Annual report of the Madras Medical College
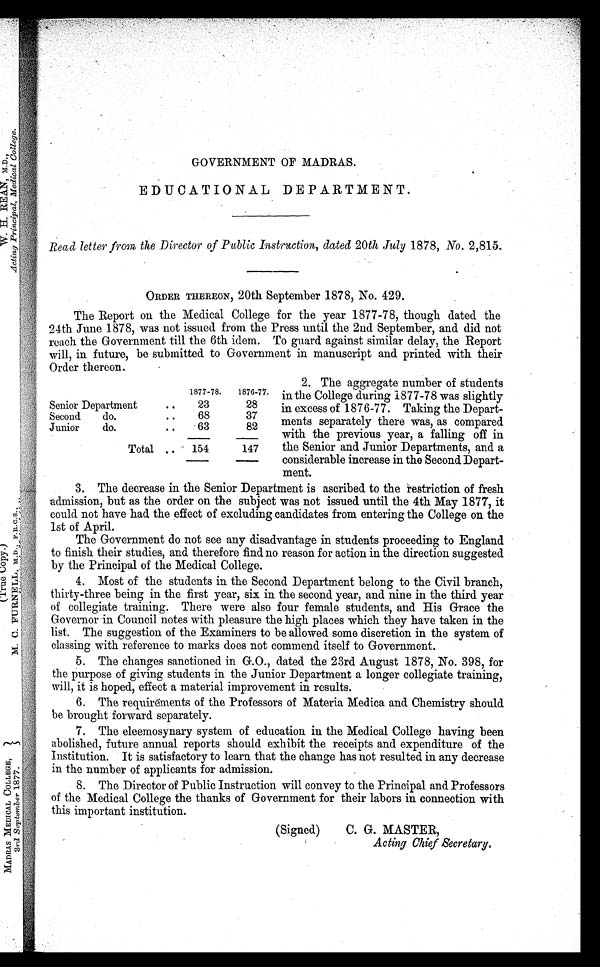
GOVERNMENT OF MADRAS.
EDUCATIONAL DEPARTMENT.
Read letter from the Director of Public Instruction, dated 20th July 1878, No. 2,815.
ORDER THEREON, 20th September 1878, No. 429.
The Report on the Medical College for the year 1877-78, though dated the
24th June 1878, was not issued from the Press until the 2nd September, and did not
reach the Government till the 6th idem. To guard against similar delay, the Report
will, in future, be submitted to Government in manuscript and printed with their
Order thereon.
2. The aggregate number of students
in the College during 1877-78 was slightly
in excess of 1876-77. Taking the Depar
t - m e n t s s e p a r a t e l y t h e r e w a s , a s c o m p a r e d
with the previous year, a falling off in
the Senior and Junior Departments, and a
considerable increase in the Second Depart-
ment.
3. The decrease in the Senior Department is ascribed to the restriction of fresh
admission, but as the order on the subject was not issued until the 4th May 1877, it
could not have had the effect of excluding candidates from entering the College on the
1st of April.
The Government do not see any disadvantage in students proceeding to England
to finish their studies, and therefore find no reason for action in the direction suggested
by the Principal of the Medical College.
4. Most of the students in the Second Department belong to the Civil branch,
thirty-three being in the first year, six in the second year, and nine in the third year
of collegiate training. There were also four female students, and His Grace the
Governor in Council notes with pleasure the high places which they have taken in the
list. The suggestion of the Examiners to be allowed some discretion in the system of
classing with reference to marks does not commend itself to Government.
5. The changes sanctioned in G.O., dated the 23rd August 1878, No. 398, for
the purpose of giving students in the Junior Department a longer collegiate training,
will, it is hoped, effect a material improvement in results.
6. The requirements of the Professors of Materia Medica and Chemistry should
be brought forward separately.
7. The eleemosynary system of education in the Medical College having been
abolished, future annual reports should exhibit the receipts and expenditure of the
Institution. It is satisfactory to learn that the change has not resulted in any decrease
in the number of applicants for admission.
8. The Director of Public Instruction will convey to the Principal and Professors
of the Medical College the thanks of Government for their labors in connection with
this important institution.
(Signed)
C. G. MASTER,
Acting Chief Secretary.
1877-78.
1876-77.
Senior Department
..
23
28
Second
do.
..
68
37
Junior
do.
..
63
82
Total
154
147